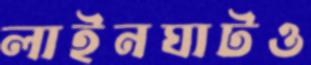
লাইনঘাটও